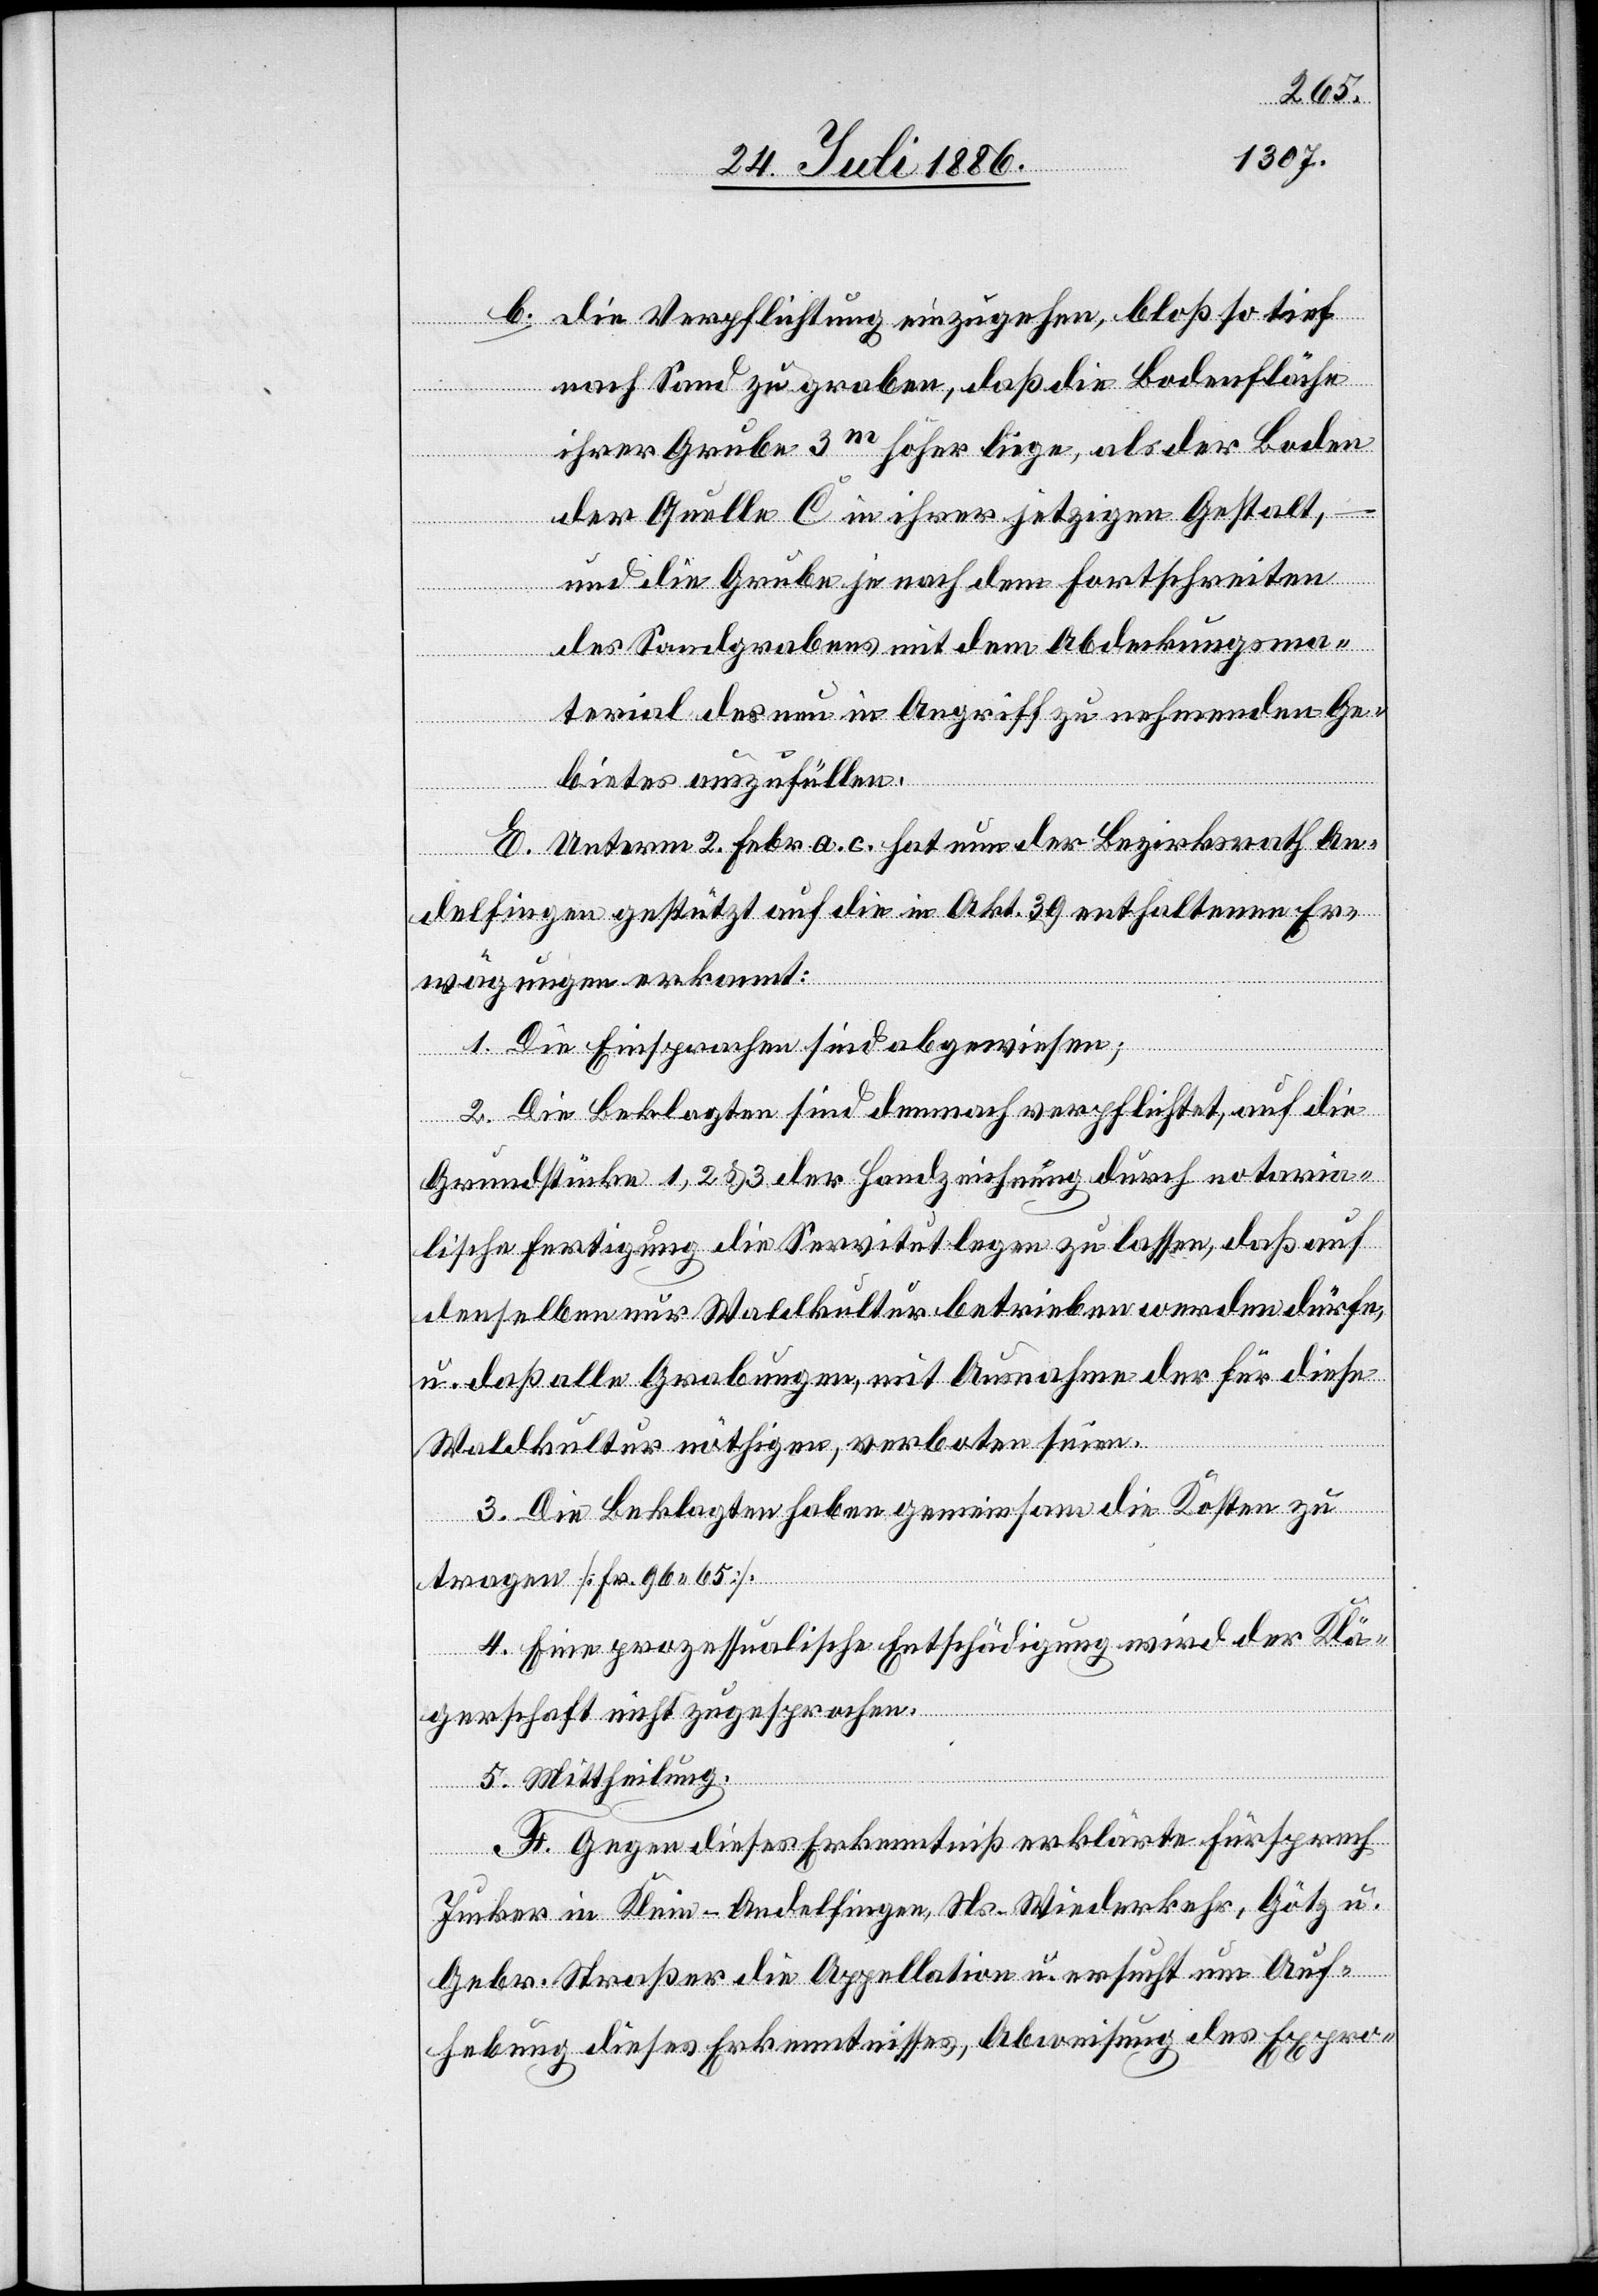
b. die Verpflichtung einzugehen, bloß so tief
nach Sand zu graben, daß die Bodenfläche
ihrer Grube 3m höher liege, als der Boden
der Quelle C in ihrer jetzigen Gestalt,
–
und die Grube je nach dem Fortschreiten
des Sandgrabens mit dem Abdeckungsma¬
terial des nun in Angriff zu nehmenden Ge¬
bietes auszufüllen.
E. Unterm 2. Febr. a. c. hat nun der Bezirksrath An¬
delfingen gestützt auf die in Akt. 39 enthaltenen Er¬
wägungen erkannt:
1. Die Einsprachen sind abgewiesen;
2. Die Beklagten sind demnach verpflichtet, auf die
Grundstücke 1, 2 & 3 der Handzeichnung durch notaria¬
lische Fertigung die Servitut legen zu lassen, daß auf
denselben nur Waldkultur betrieben werden dürfe,
u. daß alle Grabungen, mit Ausnahme der für diese
Waldkultur nöthigen, verboten seien.
3. Die Beklagten haben gemeinsam die Kosten zu
tragen [Fr. 96 65].
4. Eine prozessualische Entschädigung wird der Klä¬
gerschaft nicht zugesprochen.
5. Mittheilung.
F. Gegen dieses Erkenntniß erklärte Fürsprech
Jucker in Klein-Andelfingen, Ns. Wiederkehr, Götz u.
Gebr. Straßer die Appellation u. ersucht um Auf¬
hebung dieses Erkenntnisses, Abweisung des Expro-